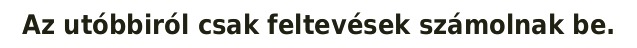
Az utóbbiról csak feltevések számolnak be.